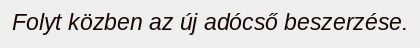
Folyt közben az új adócső beszerzése.